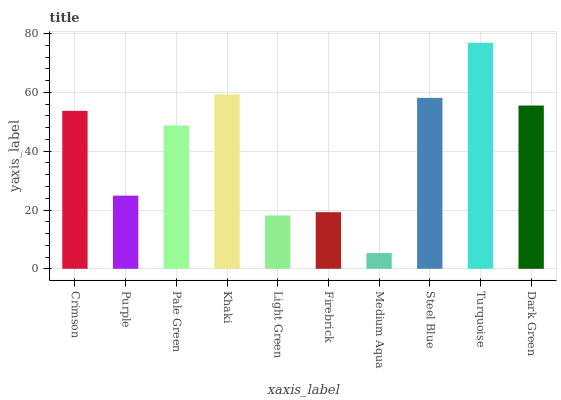
| xaxis_label | bars |
 | --- | --- |
 | Crimson | 53.7 |
 | Purple | 24.9 |
 | Pale Green | 48.7 |
 | Khaki | 59.3 |
 | Light Green | 18.1 |
 | Firebrick | 19.3 |
 | Medium Aqua | 5.35 |
 | Steel Blue | 58.1 |
 | Turquoise | 76.9 |
 | Dark Green | 55.5 |